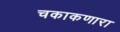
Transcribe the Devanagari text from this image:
चकाकणारा